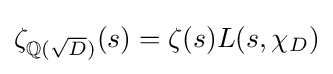
{\textstyle \zeta _{\mathbb {Q} ({\sqrt {D}})}(s)=\zeta (s)L(s,\chi _{D})}